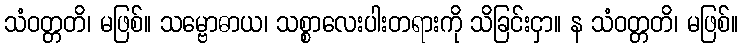
သံဝတ္တတိ၊ မဖြစ်။ သမ္ဗောဓာယ၊ သစ္စာလေးပါးတရားကို သိခြင်းငှာ။ န သံဝတ္တတိ၊ မဖြစ်။